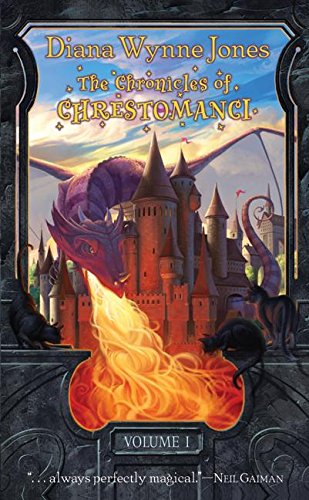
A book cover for The Chronicles of Chrestomanci, Volume 1: Charmed Life / The Lives of Christopher Chant; Diana Wynne Jones; Science Fiction & Fantasy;